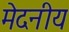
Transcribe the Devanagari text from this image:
मेदनीय